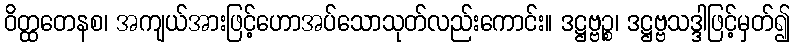
ဝိတ္ထတေနစ၊ အကျယ်အားဖြင့်ဟောအပ်သောသုတ်လည်းကောင်း။ ဒဋ္ဌဗ္ဗဉ္စ၊ ဒဋ္ဌဗ္ဗသဒ္ဒါဖြင့်မှတ်၍